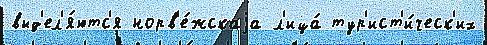
выд'ел'я́ютс'я норв'е́жскаjа л'ица́ тур'ист'и́ческ'их